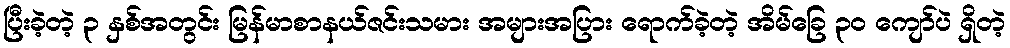
ပြီးခဲ့တဲ့ ၃ နှစ်အတွင်း မြန်မာစာနယ်ဇင်းသမား အများအပြား ရောက်ခဲ့တဲ့ အိမ်ခြေ ၃၀ ကျော်ပဲ ရှိတဲ့